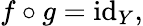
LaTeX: f\circ g=\operatorname{id}_{Y},